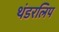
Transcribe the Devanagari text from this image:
थंडरलिप